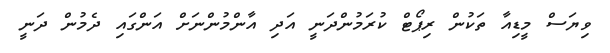
ވިޔަސް މީޑިއާ ތަކުން ރިޕޯޓް ކުރަމުންދަނީ އަދި އާންމުންނަށް އަންގައި ދެމުން ދަނީ